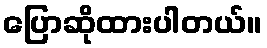
ပြောဆိုထားပါတယ်။